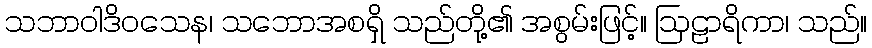
သဘာဝါဒိဝသေန၊ သဘောအစရှိ သည်တို့၏ အစွမ်းဖြင့်။ ဩဠာရိကာ၊ သည်။